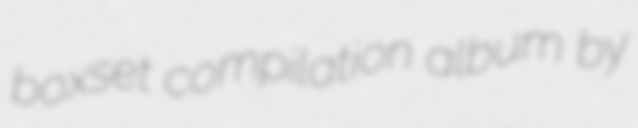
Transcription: boxset compilation album by